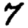
Digit: 7